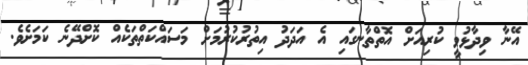
އޭނާ ވިދާޅުވީ ކުރިއަށް އޮތްތާނގައި އެ އަދަދު އިތުރުކުރުމަށް މަސައްކަތްތަކެއް ކޮށްދޭނެ ކަމަށެވެ.